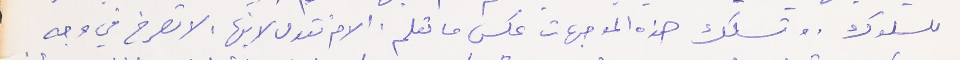
للسلوك. وتسلك هذه الموجهات عكس ما تعلم. الام تقول لابنها، لاتصرخ في وجه